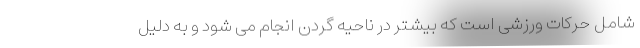
شامل حرکات ورزشی است که بیشتر در ناحیه گردن انجام می شود و به دلیل